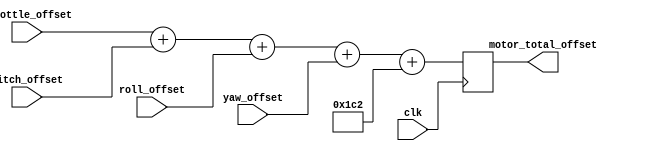
/*

Code from ECE412/3 Capstone team from 2017, Lucas Myers,  Svyatoslav Zhuchenya, Casey Montgomery, Charley  Hill
File downloaded from: https://github.com/lucas709/drone_soc/blob/master/verilog_src/motor_offset_summer.v

*/

/* 
Module sums up 8-bit offset values from reciever_offset_generators.v and 
generates an 8-bit duty cycle value 0%(8'h00) to 100%(8'h64) for pwm_generator.v
*/

module motor_offset_summer (motor_total_offset, pitch_offset, roll_offset, yaw_offset, throttle_offset, clk);
	
	output reg [10:0] motor_total_offset;	// 10-bit value output 
	input      [10:0] throttle_offset; 		// 10-bit value input
	input      [10:0] pitch_offset; 		// 10-bit value input
	input      [10:0] roll_offset; 			// 10-bit value input
	input      [10:0] yaw_offset;			// 10-bit value input
	input            clk;
	
	always@ (posedge clk )begin
		motor_total_offset <= throttle_offset+pitch_offset+roll_offset+yaw_offset+450;
	// 450 is the base duty cycle value (45%) that is required for the ESCs to keep motors idle 
	end
	
endmodule